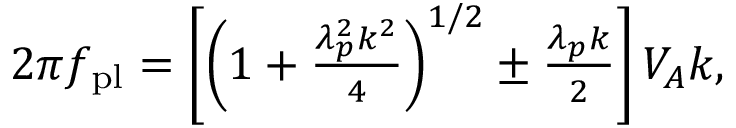
\begin{array} { r } { 2 \pi f _ { \mathrm { p l } } = \left[ \left( 1 + \frac { \lambda _ { p } ^ { 2 } k ^ { 2 } } { 4 } \right) ^ { 1 / 2 } \pm \frac { \lambda _ { p } k } { 2 } \right] V _ { A } k , } \end{array}